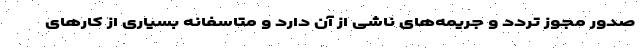
صدور مجوز تردد و جریمه‌های ناشی از آن دارد و متاسفانه بسیاری از کارهای